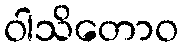
ဝါသိတောဝ